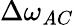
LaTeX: \Delta\omega_{\mathit{A}C}